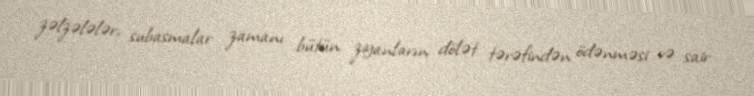
zəlzələlər, subasmalar zamanı bütün ziyanların dölət tərəfindən ödənməsi və sair